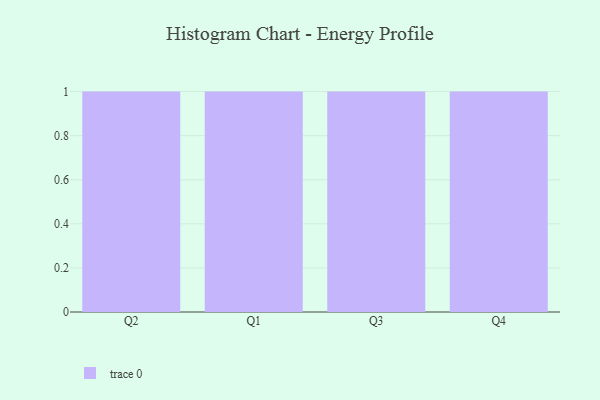
{"axis": {"x": "Quarter", "y": "Budget (USD K)"}, "legend": [""], "data": [{"x": "Q2", "y": 23, "type": ""}, {"x": "Q1", "y": 96, "type": ""}, {"x": "Q3", "y": 59, "type": ""}, {"x": "Q4", "y": 7, "type": ""}]}